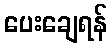
ပေးချေရန်